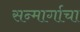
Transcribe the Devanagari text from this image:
सन्मार्गाचा